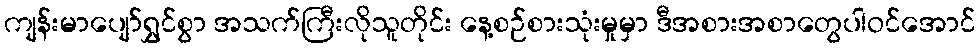
ကျန်းမာပျော်ရွှင်စွာ အသက်ကြီးလိုသူတိုင်း နေ့စဉ်စားသုံးမှုမှာ ဒီအစားအစာတွေပါဝင်အောင်